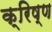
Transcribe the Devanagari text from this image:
क्रिष्ण